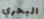
البحري